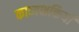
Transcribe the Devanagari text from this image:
काव्यशक्तियाँ